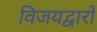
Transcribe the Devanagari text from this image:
विजयद्वारों